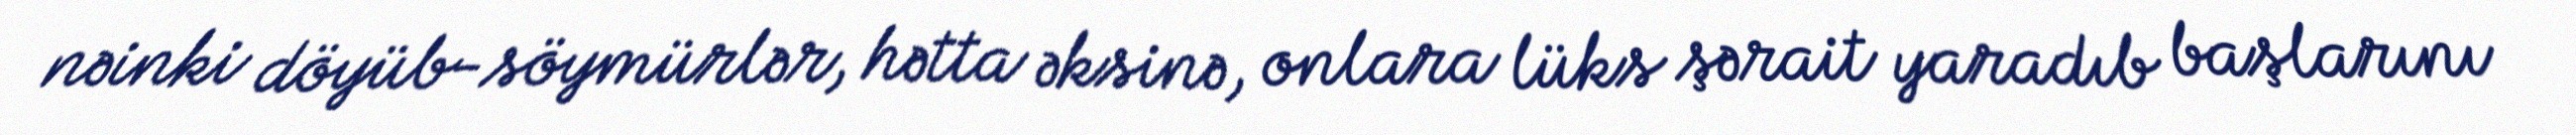
nəinki döyüb-söymürlər, hətta əksinə, onlara lüks şərait yaradıb başlarını